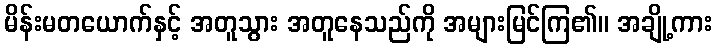
မိန်းမတယောက်နှင့် အတူသွား အတူနေသည်ကို အများမြင်ကြ၏။ အချို့ကား